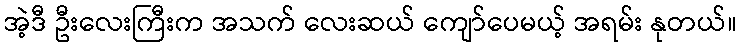
အဲ့ဒီ ဦးလေးကြီးက အသက် လေးဆယ် ကျော်ပေမယ့် အရမ်း နုတယ်။